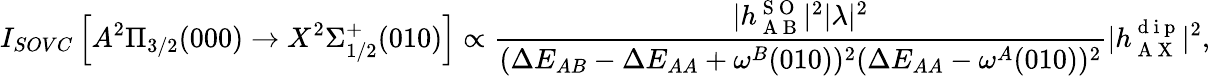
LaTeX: I_{SOVC}\left[A^{2}\Pi_{3/2}(000)\rightarrow X^{2}\Sigma_{1/2}^{+}(010)\right]\propto\frac{|h_{\mathrm{~A~B~}}^{\mathrm{~S~O~}}|^{2}|\lambda|^{2}}{(\Delta E_{AB}-\Delta E_{AA}+\omega^{B}(010))^{2}(\Delta E_{AA}-\omega^{A}(010))^{2}}|h_{\mathrm{~A~X~}}^{\mathrm{~d~i~p~}}|^{2},